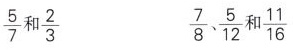
\frac{5}{7} 和 \frac{2}{3} \frac{7}{8}、 \frac{5}{12} 和 \frac{11}{16}